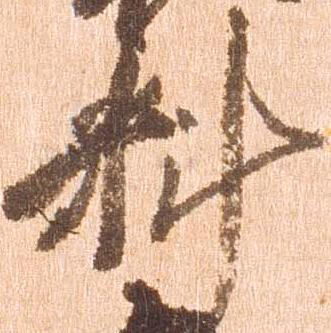
料